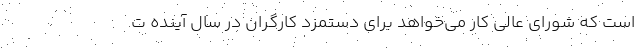
است که شورای عالی کار می‌خواهد برای دستمزد کارگران در سال آینده ت